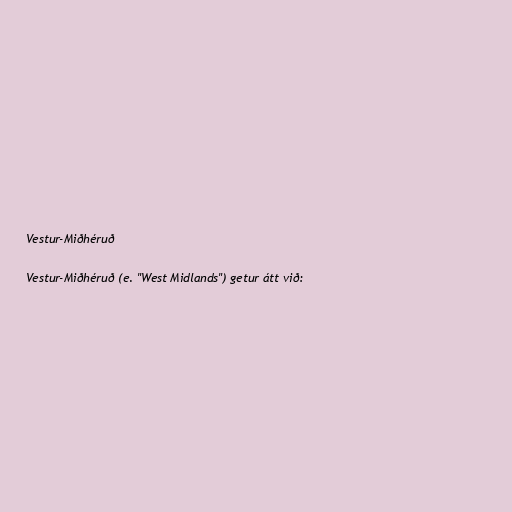
Vestur-Miðhéruð

Vestur-Miðhéruð (e. "West Midlands") getur átt við: